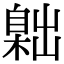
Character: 𦤙